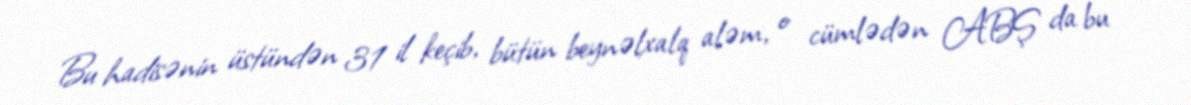
Bu hadisənin üstündən 31 il keçib, bütün beynəlxalq aləm, o cümlədən ABŞ da bu